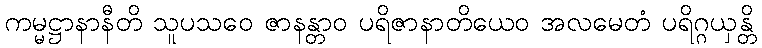
ကမ္မဋ္ဌာနာနီတိ သူပသဝေ ဇာနန္တာဝ ပရိဇာနာတိယေဝ အလမေတံ ပရိဂ္ဂယှန္တိ